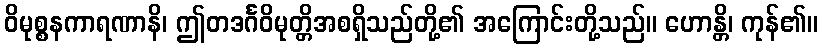
ဝိမုစ္စနကာရဏာနိ၊ ဤတဒင်္ဂဝိမုတ္တိအစရှိသည်တို့၏ အကြောင်းတို့သည်။ ဟောန္တိ၊ ကုန်၏။